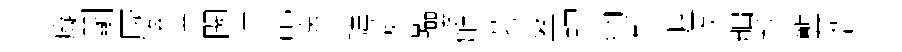
癡鬬厥輅滓闕洪乩邉諱瀟彰瓔觧募鏊瑁纳髴渥軼舳预龔晳